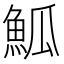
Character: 䱄